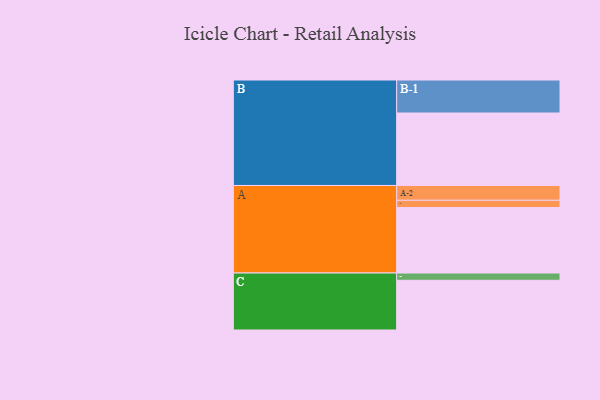
{"axis": {"x": "Segment", "y": "Value"}, "legend": ["", "A", "B", "C"], "data": [{"x": "A", "y": 486, "type": ""}, {"x": "B", "y": 538, "type": ""}, {"x": "C", "y": 369, "type": ""}, {"x": "A-1", "y": 54, "type": "A"}, {"x": "A-2", "y": 110, "type": "A"}, {"x": "B-1", "y": 245, "type": "B"}, {"x": "C-1", "y": 54, "type": "C"}]}